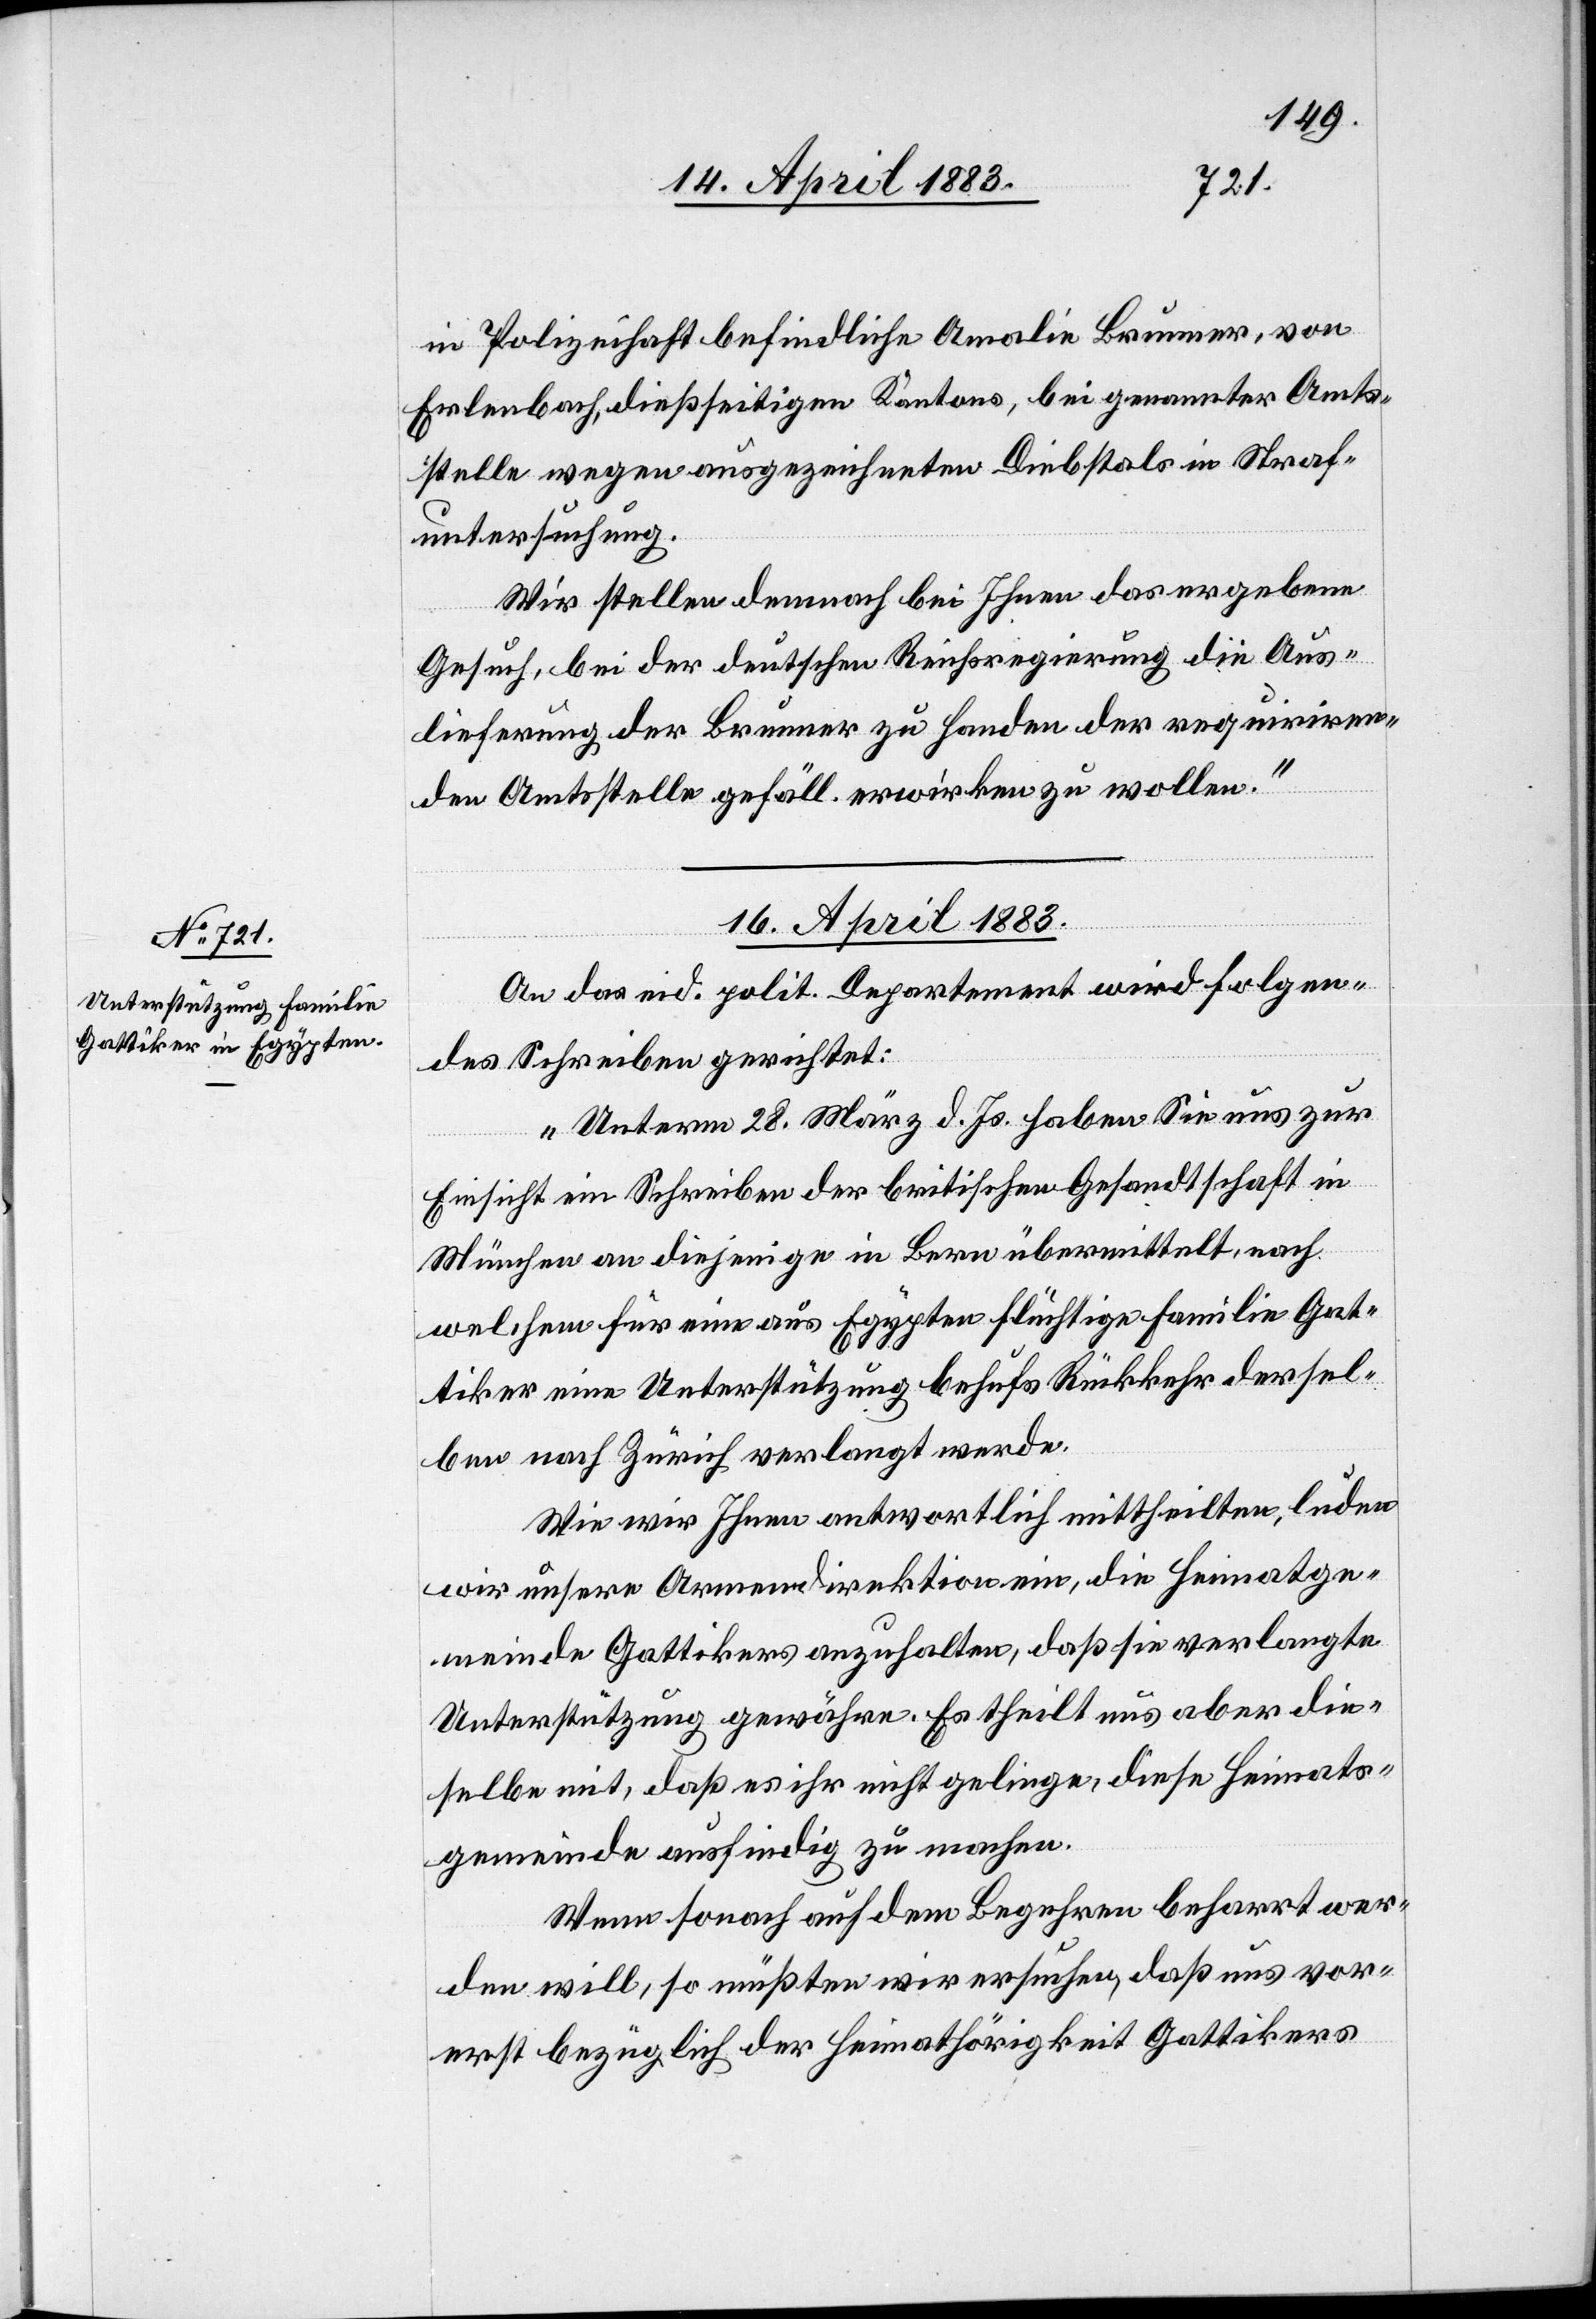
in Polizeihaft befindliche Amalie Brunner, von
Erlenbach, dießseitigen Kantons, bei genannter Amts¬
stelle wegen ausgezeichneten Diebstals in Straf¬
untersuchung.
Wir stellen demnach bei Ihnen das ergebene
Gesuch, bei der deutschen Reichsregierung die Aus¬
lieferung der Brunner zu Handen der requiriren¬
den Amtsstelle gefäll. erwirken zu wollen.“
16. April 1883.
An das eid. polit. Departement wird folgen¬
des Schreiben gerichtet:
„Unterm 28. März d. Js. haben Sie uns zur
Einsicht ein Schreiben der breitischen Gesandtschaft in
München an diejenige in Bern übermittelt, nach
welchem für eine aus Egypten flüchtige Familie Gat¬
tiker eine Unterstützung behufs Rückkehr dersel¬
ben nach Zürich verlangt werde.
Wie wir Ihnen antwortlich mittheilten, luden
wir unsere Armendirektion ein, die Heimatge¬
meinde Gattikers anzuhalten, daß sie verlangte
Unterstützung gewähre. Es theilt uns aber die¬
selbe mit, daß es ihr nicht gelinge, diese Heimats¬
gemeinde ausfindig zu machen.
Wenn wol auf dem Begehren beharrt wer¬
den will, so müßten wir ersuchen, daß uns vor¬
erst bezüglich der Heimathörigkeit Gattikers